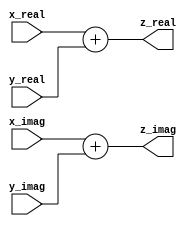
module complex_adder#
	(
	parameter N = 16
	)
	(
	input signed  [N-1:0] x_real,
	input signed  [N-1:0] x_imag,
	input signed  [N-1:0] y_real,
	input signed  [N-1:0] y_imag,
	output reg signed [N-1:0] z_real,
	output reg signed [N-1:0] z_imag
	);


assign z_real = x_real+y_real;
assign z_imag = x_imag+y_imag;


endmodule